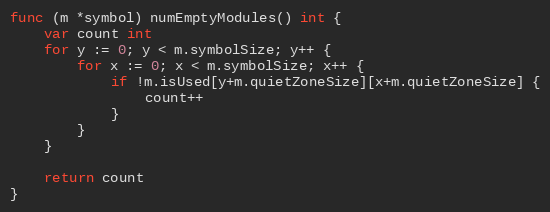
Language: Go
func (m *symbol) numEmptyModules() int {
	var count int
	for y := 0; y < m.symbolSize; y++ {
		for x := 0; x < m.symbolSize; x++ {
			if !m.isUsed[y+m.quietZoneSize][x+m.quietZoneSize] {
				count++
			}
		}
	}

	return count
}